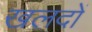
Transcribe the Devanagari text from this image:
खलदों